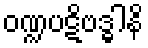
ဝဏ္ဍပဋိဗဒ္ဓါနိ